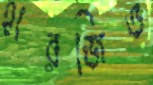
হারজিত